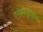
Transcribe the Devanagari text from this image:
एलेक्जैंड्रोपोलिस